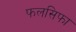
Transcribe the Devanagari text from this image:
फलसिफा